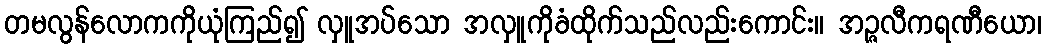
တမလွန်လောကကိုယုံကြည်၍ လှူအပ်သော အလှူကိုခံထိုက်သည်လည်းကောင်း။ အဉ္ဇလီကရဏီယော၊